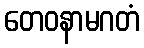
တေဝနာမဂတံ